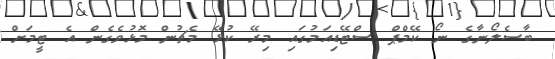
ބާސެލޯނާގެ ނޯ ކޭމްޕް ސްޓޭޑިއަމުގައި މިރޭ ކުޅޭ މެޗުން މޮޅުވެގެން އެ ޓީމަށް